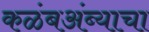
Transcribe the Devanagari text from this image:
कळंबअंब्याचा